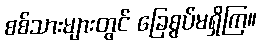
စစ်သားများတွင် ခြေစွပ်မရှိကြ။